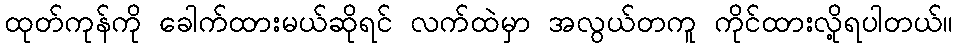
ထုတ်ကုန်ကို ခေါက်ထားမယ်ဆိုရင် လက်ထဲမှာ အလွယ်တကူ ကိုင်ထားလို့ရပါတယ်။